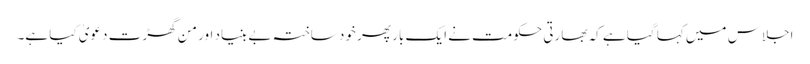
اجلاس میں کہا گیا ہے کہ بھارتی حکومت نے ایک بار پھر خود ساختہ بے بنیاد اور من گھڑت دعویٰ کیا ہے۔